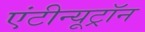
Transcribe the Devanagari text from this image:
एंटीन्यूट्रॉन